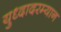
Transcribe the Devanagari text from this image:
युध्दादरम्यान